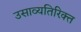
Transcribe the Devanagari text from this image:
उसाव्यतिरिक्त